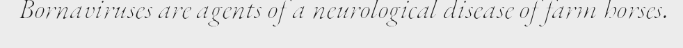
Bornaviruses are agents of a neurological disease of farm horses.